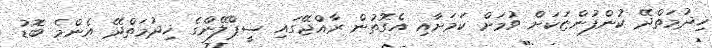
ޚިދުމަތްދޭ ކުންފުންޏަކަށް ވުމަށް ކަމަށާއި އެގޮތުން ރާއްޖޭގައި ސީޕްލޭންގެ ޚިދުމަތްދޭ އެންމެ ބޮޑު